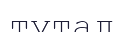
тутал